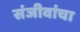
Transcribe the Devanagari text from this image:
संजीवांचा